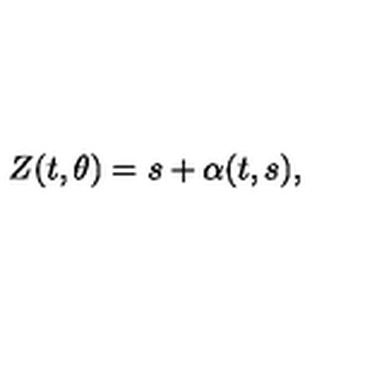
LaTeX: Z ( t , \theta ) = s + \alpha ( t , s ) ,